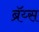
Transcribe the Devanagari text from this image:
ब्रॅय्स